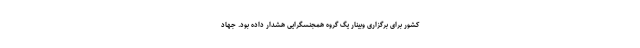
کشور برای برگزاری وبینار یگ گروه همجنسگرایی هشدار داده بود. جهاد